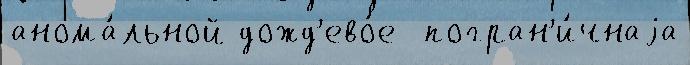
анома́льной дожд'ево́е  погран'и́чнаjа